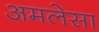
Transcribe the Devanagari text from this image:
अमलेसा